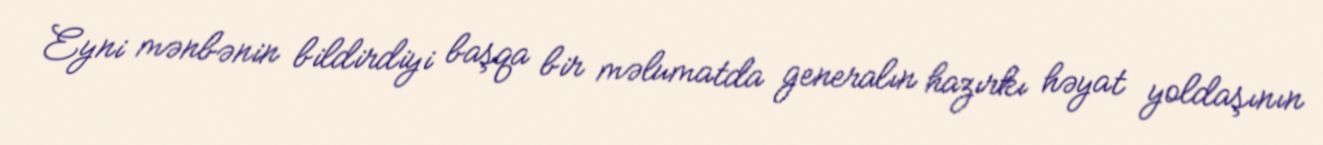
Eyni mənbənin bildirdiyi başqa bir məlumatda generalın hazırkı həyat yoldaşının